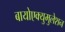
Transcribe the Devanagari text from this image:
बायोएक्युमुलेशन